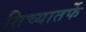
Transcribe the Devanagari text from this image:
तिच्यातर्फे